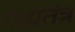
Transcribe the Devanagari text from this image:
पद्मतंत्र